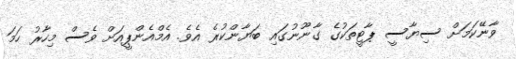
ވާނޭކަމަށް ސިޔާސީ ޕާޓީތަކުގެ ގާނޫނުގައި ބަޔާންކުރެ އެވެ. އެމްއެންޕީއަށް ވެސް މިހާރު ހަމަ